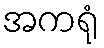
အကရုံ